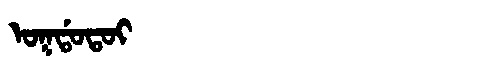
Manchu: ᠣᡴᡩᠣᡨᠣᡳ
Romanization: OKDOTOI